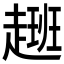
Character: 𮚽